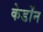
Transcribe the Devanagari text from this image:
केडोंन